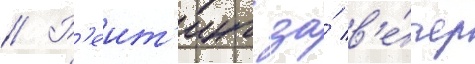
// Р'еит'инг за́ в'е́чер